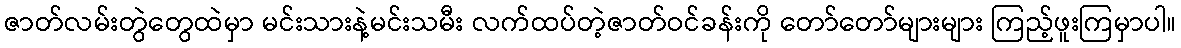
ဇာတ်လမ်းတွဲတွေထဲမှာ မင်းသားနဲ့မင်းသမီး လက်ထပ်တဲ့ဇာတ်ဝင်ခန်းကို တော်တော်များများ ကြည့်ဖူးကြမှာပါ။